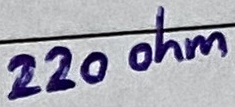
Text: 220 ohm